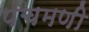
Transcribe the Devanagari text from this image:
पंचमणी